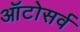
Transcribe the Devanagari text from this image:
ऑटोसर्व